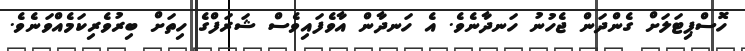
ހޮސްޕިޓަލަށް ގެންދަން ޖެހުނު ހަނދާނެވެ. އެ ހަނދާން އާވެފައިވެސް ޝަރަފްގެ ހިތަށް ބިރުވެރިކަމެއްވަނެވެ.